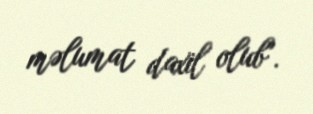
məlumat daxil olub".